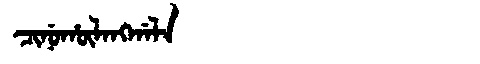
Manchu: ᠴᡳᠨᡠᡥᡡᠯᠠᠩᡤᠠᠯᠠ
Romanization: CINUHŪLANGGALA